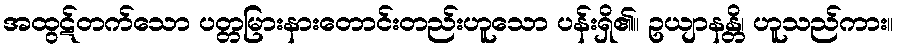
အထွဋ်တက်သော ပတ္တမြားနားတောင်းတည်းဟူသော ပန်းရှိ၏။ ဥယျာနန္တိ၊ ဟူသည်ကား။